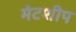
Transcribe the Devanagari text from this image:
मेटशीप